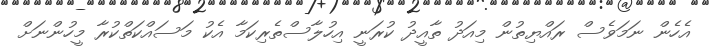
އެހެން ނަމަވެސް ރައްޔިތުން މިއަދު ތާއީދު ކުރަނީ އިހުލާސްތެރިކަމާ އެކު މަސައްކަތްކުރާ މީހުންނަށް